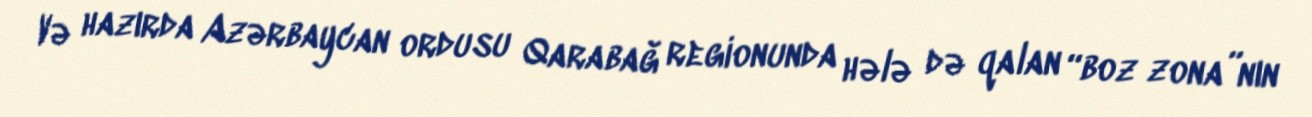
Və hazırda Azərbaycan ordusu Qarabağ regionunda hələ də qalan “boz zona”nın